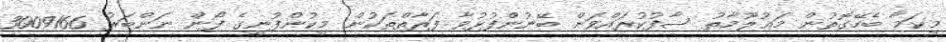
މިކަމާ ބެހޭގޮތުން މަޢުލޫމާތު ސާފުކުރައްވަން ބޭނުންފުޅުވާ ފަރާތްތަކުން މިކުންފުނީގެ ފޯން ނަންބަރު 3009166